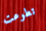
تطوعت